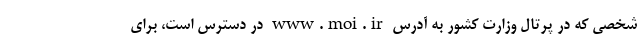
شخصی که در پرتال وزارت کشور به آدرس www.moi.ir در دسترس است، برای